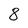
Character: 8